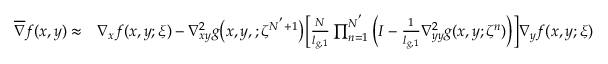
\begin{array} { r l } { \overline { { \nabla } } f ( x , y ) \approx } & { \nabla _ { x } f ( x , y ; \xi ) - \nabla _ { x y } ^ { 2 } g \big ( x , y , ; \zeta ^ { N ^ { ' } + 1 } \big ) \bigg [ \frac { N } { l _ { g , 1 } } \prod _ { n = 1 } ^ { N ^ { ' } } \Big ( I - \frac { 1 } { l _ { g , 1 } } \nabla _ { y y } ^ { 2 } g ( x , y ; \zeta ^ { n } ) \Big ) \bigg ] \nabla _ { y } f ( x , y ; \xi ) } \end{array}